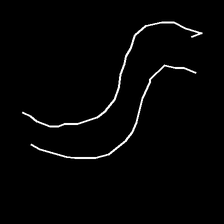
Glyph: float